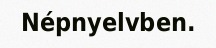
Népnyelvben.